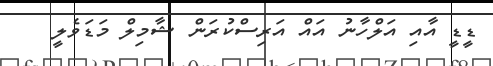
ޑީޑީ އާއި އަލްހާނު އައް އަރިސްކުރަން ޝާމިލް މަޑަވެލީ